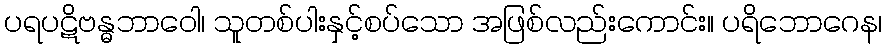
ပရပဋိဗန္ဓဘာဝေါ၊ သူတစ်ပါးနှင့်စပ်သော အဖြစ်လည်းကောင်း။ ပရိဘောဂေန၊